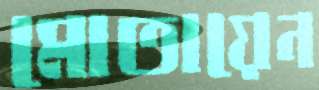
মোতায়েন